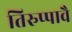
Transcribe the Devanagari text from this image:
तिरुप्पावै